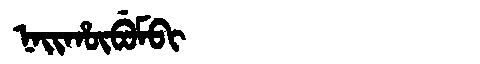
Manchu: ᠨᠠᡳᡥᡡᠪᡠᠮᠪᡳ
Romanization: NAIHŪBUMBI